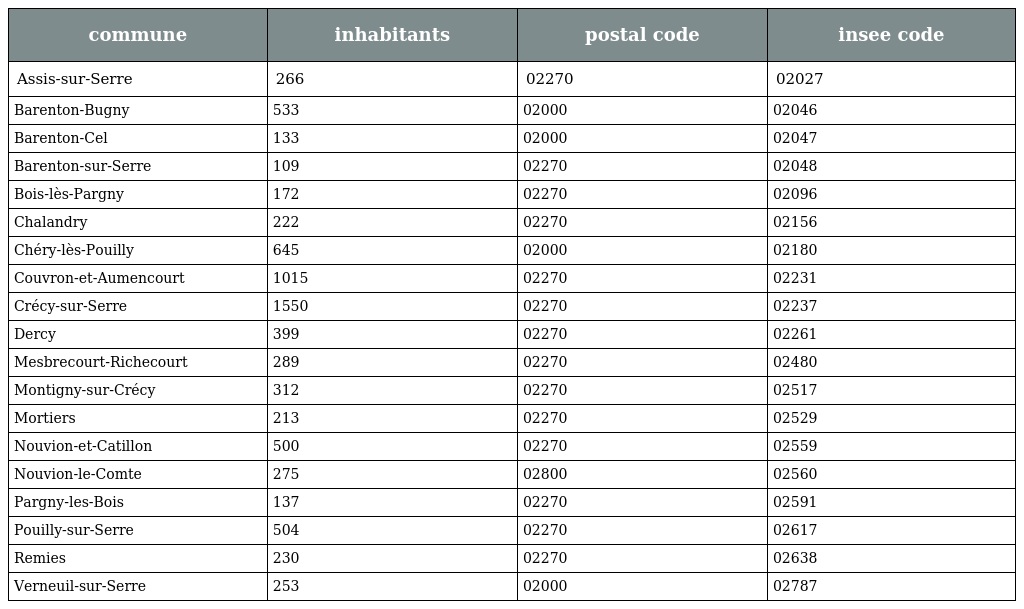
| commune | inhabitants | postal code | insee code |
 | --- | --- | --- | --- |
 | Assis-sur-Serre | 266 | 02270 | 02027 |
 | Barenton-Bugny | 533 | 02000 | 02046 |
 | Barenton-Cel | 133 | 02000 | 02047 |
 | Barenton-sur-Serre | 109 | 02270 | 02048 |
 | Bois-lès-Pargny | 172 | 02270 | 02096 |
 | Chalandry | 222 | 02270 | 02156 |
 | Chéry-lès-Pouilly | 645 | 02000 | 02180 |
 | Couvron-et-Aumencourt | 1015 | 02270 | 02231 |
 | Crécy-sur-Serre | 1550 | 02270 | 02237 |
 | Dercy | 399 | 02270 | 02261 |
 | Mesbrecourt-Richecourt | 289 | 02270 | 02480 |
 | Montigny-sur-Crécy | 312 | 02270 | 02517 |
 | Mortiers | 213 | 02270 | 02529 |
 | Nouvion-et-Catillon | 500 | 02270 | 02559 |
 | Nouvion-le-Comte | 275 | 02800 | 02560 |
 | Pargny-les-Bois | 137 | 02270 | 02591 |
 | Pouilly-sur-Serre | 504 | 02270 | 02617 |
 | Remies | 230 | 02270 | 02638 |
 | Verneuil-sur-Serre | 253 | 02000 | 02787 |